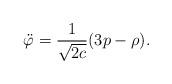
LaTeX: \begin{align*}\ddot{\varphi} = \frac{1}{\sqrt{2c}} (3p -\rho ).\end{align*}